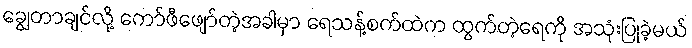
ချွေတာချင်လို့ ကော်ဖီဖျော်တဲ့အခါမှာ ရေသန့်စက်ထဲက ထွက်တဲ့ရေကို အသုံးပြုခဲ့မယ်